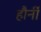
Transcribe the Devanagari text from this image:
हौर्नी